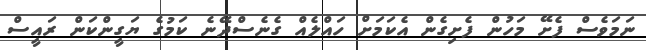
ނަމަވެސް ފެށޭ މަހުން ފެށިގެން އެކަމަށް ހައްލެއް ގެނެސްދޭނެ ކަމުގެ ޔަގީންކަން ރައީސް